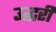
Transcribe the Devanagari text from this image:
उद्धरी